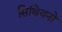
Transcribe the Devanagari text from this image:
सिथियनो